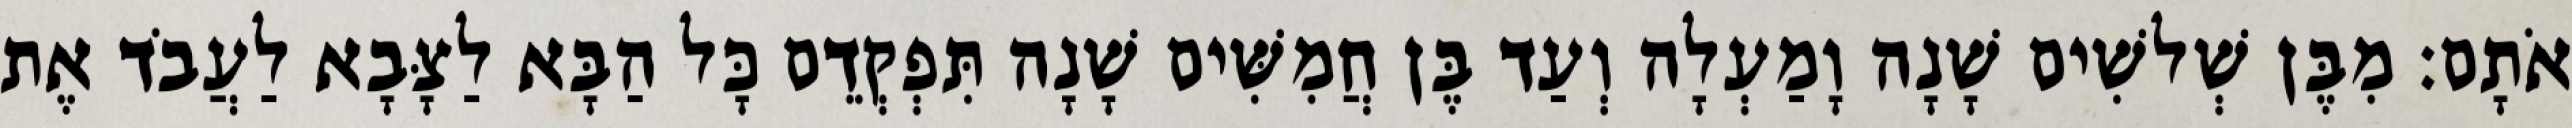
אֹתָם׃ מִבֶּן שְׁלשִׁים שָׁנָה וָמַעְלָה וְעַד בֶּן חֲמִשִּׁים שָׁנָה תִּפְקְדֵם כָּל הַבָּא לַצָּבָא לַעֲבֹד אֶת